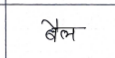
मजकूर: बैल